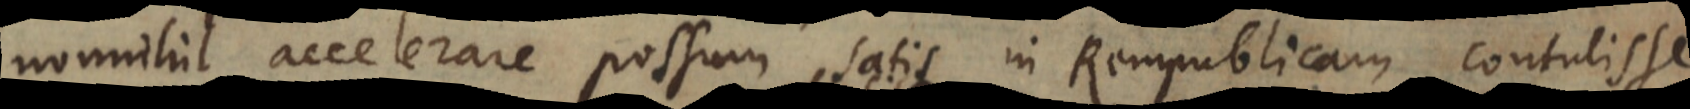
nonnihil accelerare possum, satis in Rempublicam contulisse